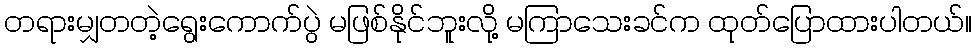
တရားမျှတတဲ့ရွေးကောက်ပွဲ မဖြစ်နိုင်ဘူးလို့ မကြာသေးခင်က ထုတ်ပြောထားပါတယ်။